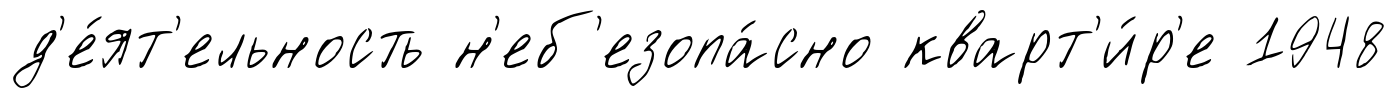
д'е́ят'ельность н'еб'езопа́сно кварт'и́р'е 1948